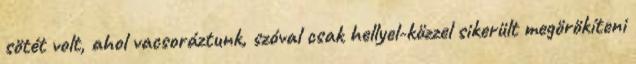
sötét volt, ahol vacsoráztunk, szóval csak hellyel-közzel sikerült megörökíteni